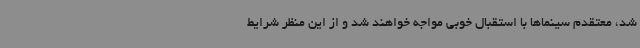
شد، معتقدم سینماها با استقبال خوبی مواجه خواهند شد و از این منظر شرایط